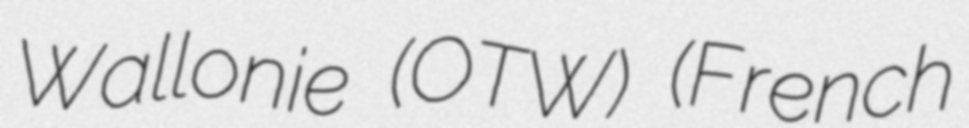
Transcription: Wallonie (OTW) (French